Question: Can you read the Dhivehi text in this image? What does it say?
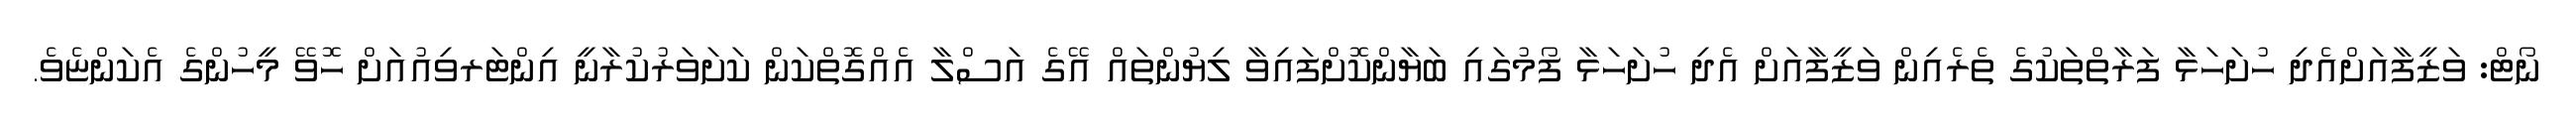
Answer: ނޯޓް: ވަޒީފާއަށްއެދި ހުށަހަޅާ ފަރާތްތަކުގެ ތެރެއިން ވަޒީފާއަށް އެދި ހުށަހަޅާ ފޯމުގައި ބަޔާންކޮށްފައިވާ ލިޔުންތައް އޭގެ އަސްލާ އެއްގޮތްކަން ކަށަވަރުކުރާނީ އިންޓަރވިއުއަށް ހޮވޭ މީހުންގެ އެކަންޏެވެ.